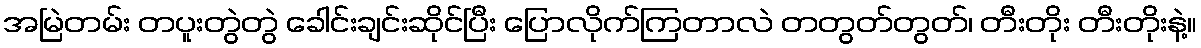
အမြဲတမ်း တပူးတွဲတွဲ ခေါင်းချင်းဆိုင်ပြီး ပြောလိုက်ကြတာလဲ တတွတ်တွတ်၊ တီးတိုး တီးတိုးနဲ့။